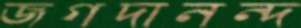
জগদানন্দ